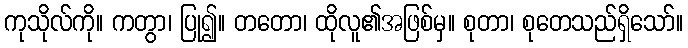
ကုသိုလ်ကို။ ကတွာ၊ ပြု၍။ တတော၊ ထိုလူ၏အဖြစ်မှ။ စုတာ၊ စုတေသည်ရှိသော်။